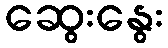
ဆွေးနွေး